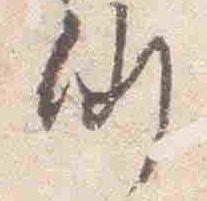
例